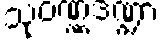
သုဝဏ္ဏဒဏ္ဍာ